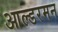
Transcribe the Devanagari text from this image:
आल्डरमन